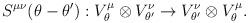
LaTeX: \begin{align*}S^{\mu\nu}(\theta-\theta'):V^\mu_\theta\otimes V^\nu_{\theta'}\rightarrow V^\nu_{\theta'}\otimes V^\mu_{\theta}.\end{align*}